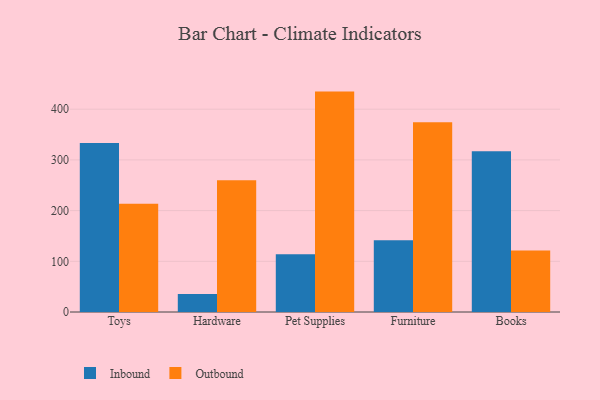
{"axis": {"x": "Category", "y": "LTV (USD)"}, "legend": ["Inbound", "Outbound"], "data": [{"x": "Toys", "y": 333.4, "type": "Inbound"}, {"x": "Toys", "y": 213.3, "type": "Outbound"}, {"x": "Hardware", "y": 35.5, "type": "Inbound"}, {"x": "Hardware", "y": 259.7, "type": "Outbound"}, {"x": "Pet Supplies", "y": 114.0, "type": "Inbound"}, {"x": "Pet Supplies", "y": 434.7, "type": "Outbound"}, {"x": "Furniture", "y": 141.4, "type": "Inbound"}, {"x": "Furniture", "y": 374.2, "type": "Outbound"}, {"x": "Books", "y": 316.9, "type": "Inbound"}, {"x": "Books", "y": 121.1, "type": "Outbound"}]}